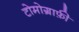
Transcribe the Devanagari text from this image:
टोमोग्राफ़ी